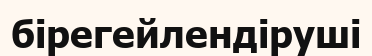
бірегейлендіруші